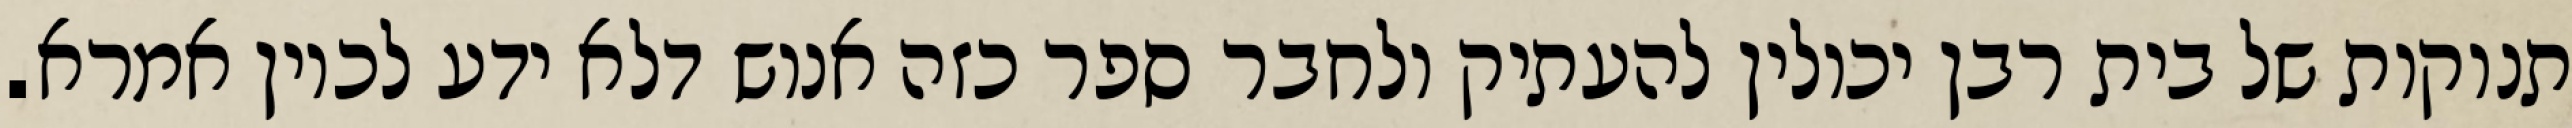
תנוקות של בית רבן יכולין להעתיק ולחבר ספר כזה אנוש דלא ידע לכוין אמרא.